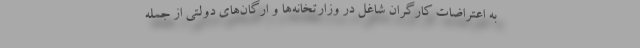
به اعتراضات کارگران شاغل در وزارتخانه‌ها و ارگان‌های دولتی از جمله